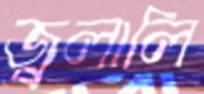
জ্বলালি